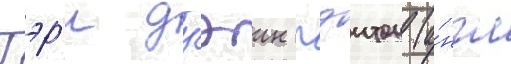
Гэр'и дуэин пэитон (а́нгл